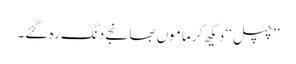
’’چپل‘‘ دیکھ کر ماموں بھانجے دنگ رہ گئے۔